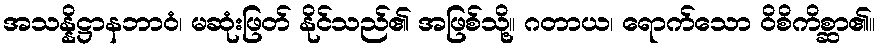
အသန္နိဋ္ဌာနဘာဝံ၊ မဆုံးဖြတ် နိုင်သည်၏ အဖြစ်သို့။ ဂတာယ၊ ရောက်သော ဝိစိကိစ္ဆာ၏။